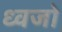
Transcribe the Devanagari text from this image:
ध्वजो